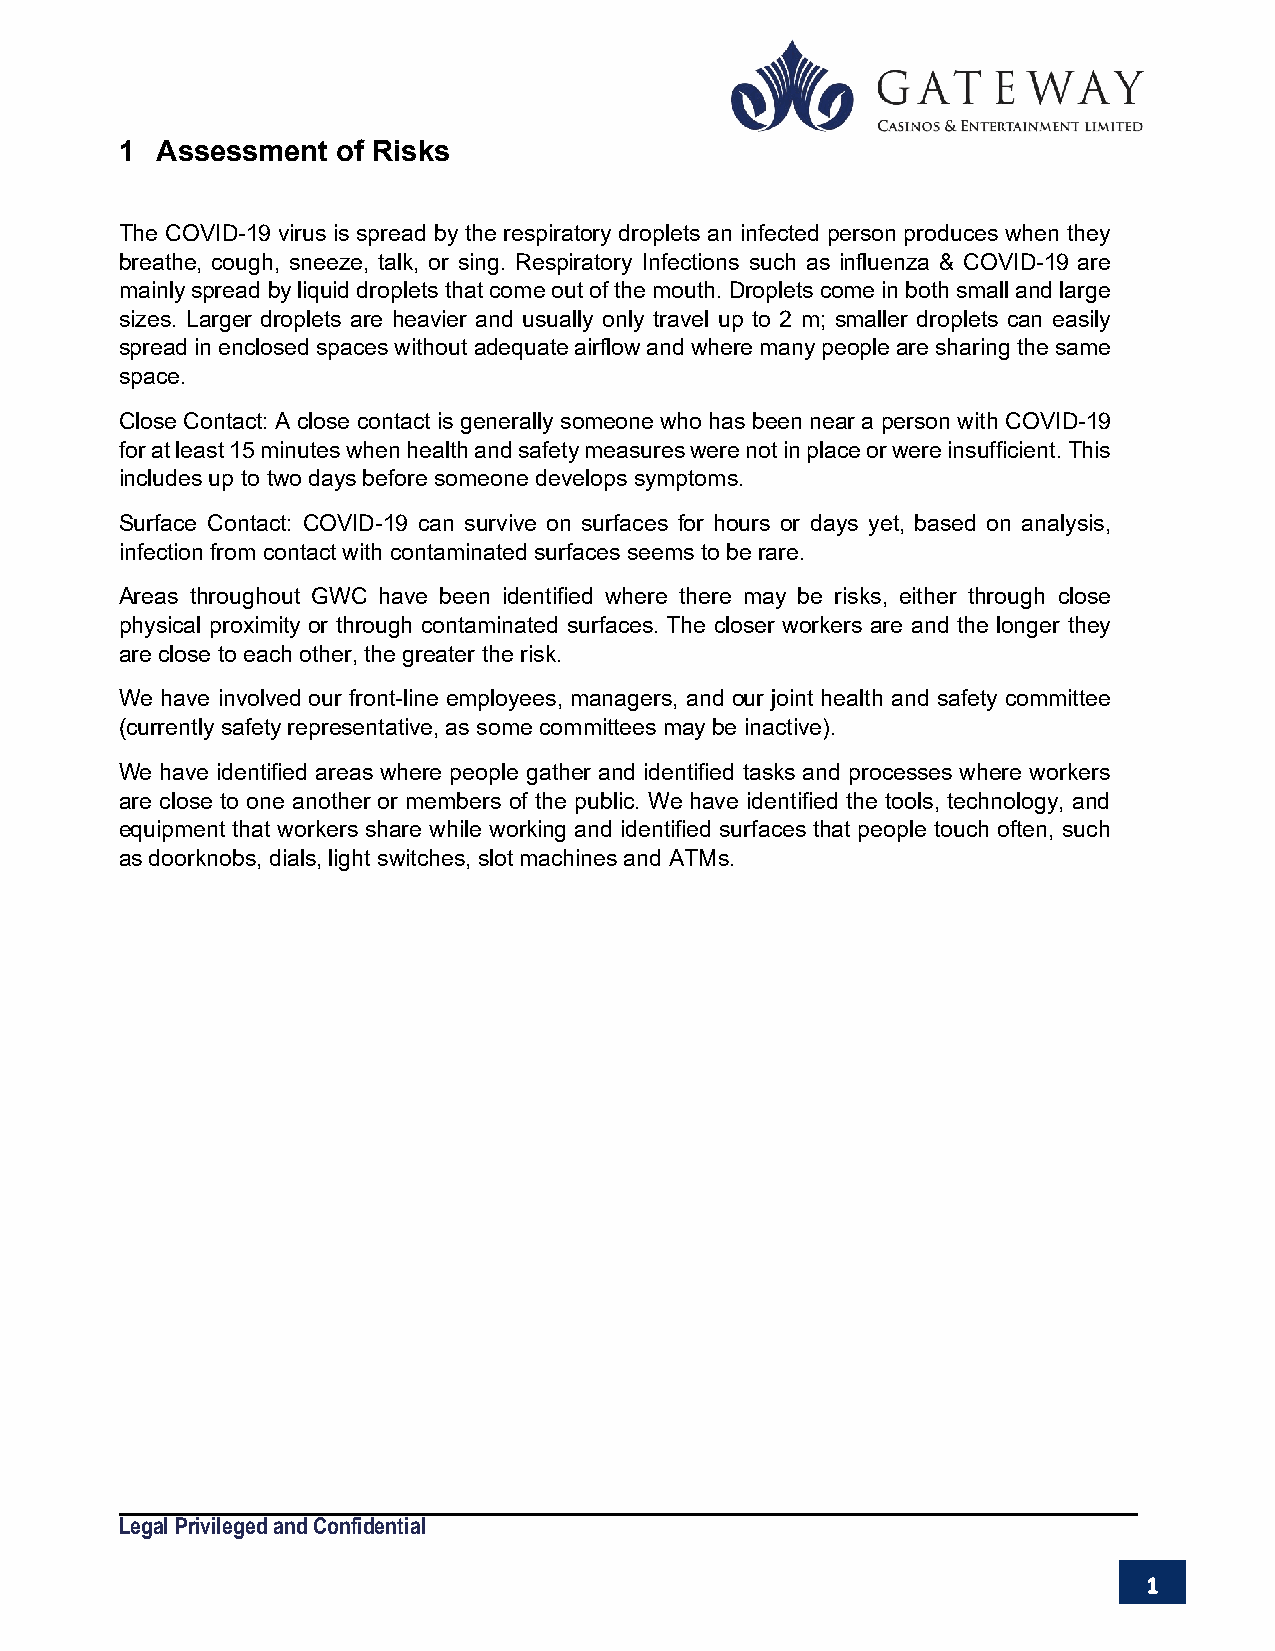
1 Assessment  of Risks
 The COVID-19 virus is spread by the respiratory droplets an infected person produces when they
 breathe, cough, sneeze, talk, or sing. Respiratory Infections such as influenza & COVID-19 are
 mainly spread by liquid droplets that come out of the mouth. Droplets come in both small and large
 sizes. Larger droplets are heavier and usually only travel up to 2 m; smaller droplets can easily
 spread in enclosed spaces without adequate airflow and where many people are sharing the same
 space.
 Close Contact: A close contact is generally someone who has been near a person with COVID-19
 for at least 15 minutes when health and safety measures were not in place or were insufficient. This
 includes up to two days before someone develops symptoms.
 Surface Contact: COVID-19 can survive on surfaces for hours or days yet, based on analysis,
 infection from contact with contaminated surfaces seems to be rare.
 Areas throughout GWC have been identified where there may be risks, either through close
 physical proximity or through contaminated surfaces. The closer workers are and the longer they
 are close to each other, the greater the risk.
 We have involved our front-line employees, managers, and our joint health and safety committee
 (currently safety representative, as some committees may be inactive).
 We have identified areas where people gather and identified tasks and processes where workers
 are close to one another or members of the public. We have identified the tools, technology, and
 equipment that workers share while working and identified surfaces that people touch often, such
 as doorknobs, dials, light switches, slot machines and ATMs.
 Legal Privileged and Confidential